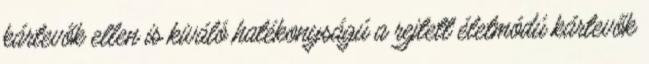
kártevők ellen is kiváló hatékonyságú a rejtett életmódú kártevők